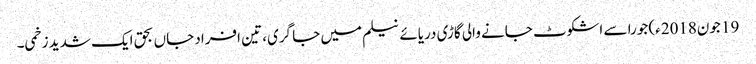
19 جون2018ء) جورا سے اشکوٹ جانے والی گاڑی دریائے نیلم میں جا گری، تین افراد جاں بحق ایک شدید زخمی۔